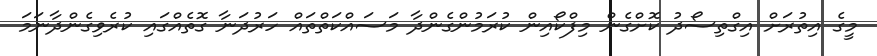
މީގެ އިތުރަށް އިގްތިސޯދު ކޮށްގެން މިފްކޯއިން ކުރަމުންގެންދާ މަސައްކަތްތައް ހަރުދަނާ ގޮތެއްގައި ކުރެވިގެންދާނަމަ